Plague in India, 1896, 1897 - Volume 1
Year: 1896
Disease focus: Plague
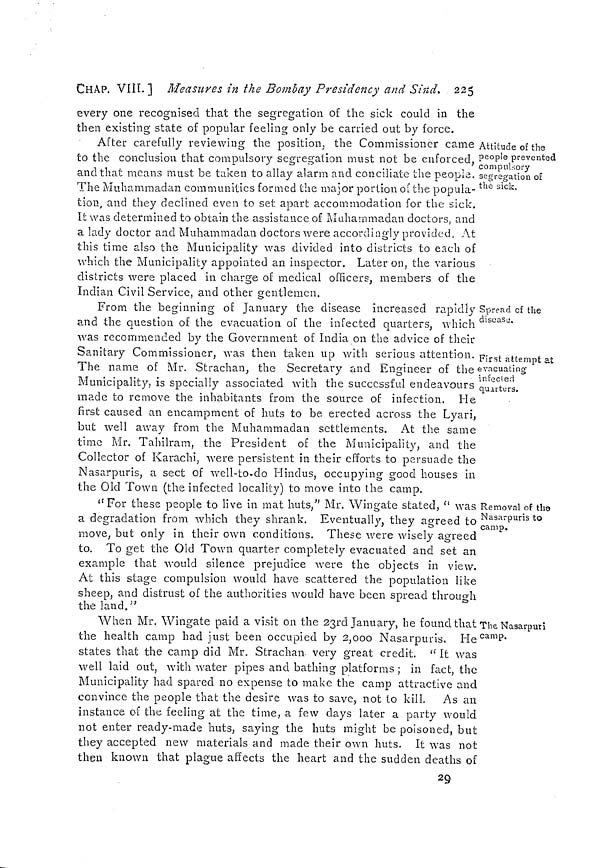
CHAP. VIII.] Measures in the Bombay Presidency and Sind. 225
Attitude of the
people prevented
compulsory
segregation of
the sick.
every one recognised that the segregation of the sick could in the
then existing state of popular feeling only be carried out by force.
After carefully reviewing the position, the Commissioner came
to the conclusion that compulsory segregation must not be enforced,
and that means must be taken to allay alarm and conciliate the people.
The Mtihammadan communities formed the major portion of the popula-
tion, and they declined even to set apart accommodation for the sick,
It was determined to obtain the assistance of Muhammadan doctors, and
a lady doctor and Muhammadan doctors were accordingly provided. At
this time also the Municipality was divided into districts to each of
which the Municipality appointed an inspector. Later on, the various
districts were placed in charge of medical officers, members of the
Indian Civil Service, and other gentlemen.
Spread of the
disease.
First attempt at
evacuating
infected
quarters.
From the beginning of January the disease increased rapidly
and the question of the evacuation of the infected quarters, which
was recommended by the Government of India on the advice of their
Sanitary Commissioner, was then taken up with serious attention.
The name of Mr. Strachan, the Secretary and Engineer of the
Municipality, is specially associated with the successful endeavours
made to remove the inhabitants from the source of infection. He
first caused an encampment of huts to be erected across the Lyari,
but well away from the Muhammadan settlements. At the same
timie Mr. Tahilram, the President of the Municipality, and the
Collector of Karachi, were persistent in their efforts to persuade the
Nasarpuris, a sect of well-to-do Hindus, occupying good houses in
the Old Town (the infected locality) to move into the camp.
Removal of the
Nasarpuris to
camp.
"For these people to live in mat huts," Mr. Wingate stated, " was
a degradation from which they shrank. Eventually, they agreed to
move, but only in their own conditions. These were wisely agreed
to. To get the Old Town quarter completely evacuated and set an
example that would silence prejudice were the objects in view.
At this stage compulsion would have scattered the population like
sheep, and distrust of the authorities would have been spread through
the land."
The Nasarpuri
camp.
When Mr. Wingate paid a visit on the 23rd January, he found that
the health camp had just been occupied by 2,000 Nasarpuris. He
states that the camp did Mr. Strachan very great credit. " It was
well laid out, with water pipes and bathing platforms ; in fact, the
Municipality had spared no expense to make the camp attractive and
convince the people that the desire was to save, not to kill. As an
instance of the feeling at the time, a few days later a party would
not enter ready-made huts, saying the huts might be poisoned, but
they accepted new materials and made their own huts. It was not
then known that plague affects the heart and the sudden deaths of
29